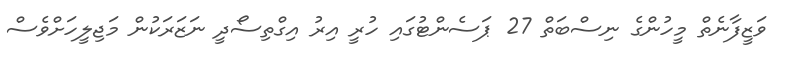
ވަޒީފާނެތް މީހުންގެ ނިސްބަތް 27 ޕަސެންޓުގައި ހުރީ އިރު އިގްތިސޯދީ ނަޒަރަކުން މަޖިލީހަށްވެސް